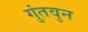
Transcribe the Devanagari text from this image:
गुंतवुन